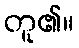
တူ၏။